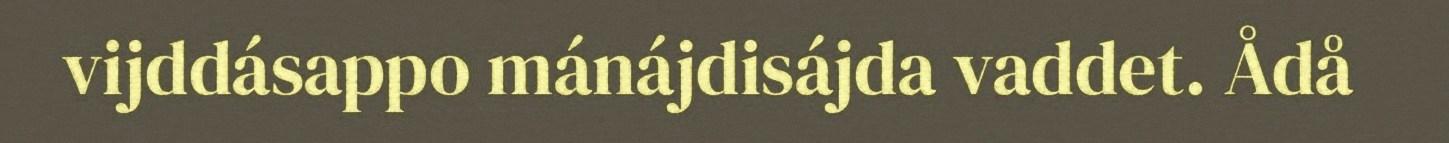
vijddásappo mánájdisájda vaddet. Ådå